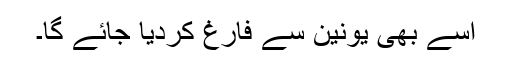
اسے بھی یونین سے فارغ کردیا جائے گا۔